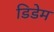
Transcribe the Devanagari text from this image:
डिडेम